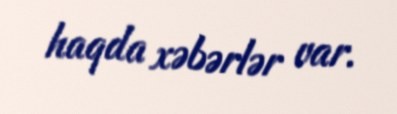
haqda xəbərlər var.